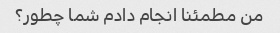
من مطمئنا انجام دادم شما چطور؟